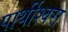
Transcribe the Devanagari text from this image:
पार्थीश्‍वरा